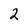
Character: 2